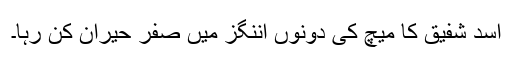
اسد شفیق کا میچ کی دونوں اننگز میں صفر حیران کُن رہا۔